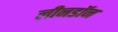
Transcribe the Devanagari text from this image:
लीनडॉन